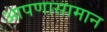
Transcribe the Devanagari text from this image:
आपणासामान